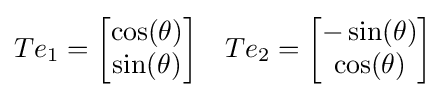
{\begin{aligned}Te_{1}={\begin{bmatrix}\cos(\theta )\\\sin(\theta )\end{bmatrix}}&&Te_{2}={\begin{bmatrix}-\sin(\theta )\\\cos(\theta )\end{bmatrix}}\end{aligned}}